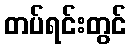
တပ်ရင်းတွင်